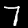
Label: 7